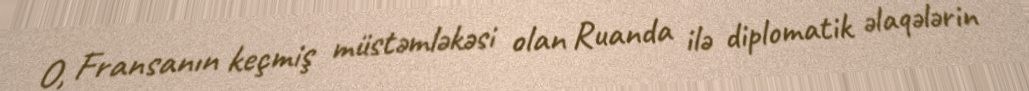
O, Fransanın keçmiş müstəmləkəsi olan Ruanda ilə diplomatik əlaqələrin